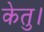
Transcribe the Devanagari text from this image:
केतु।